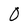
Character: O